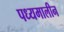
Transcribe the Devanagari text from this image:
पध्यमालीन